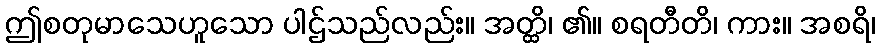
ဤစတုမာသေဟူသော ပါဌ်သည်လည်း။ အတ္ထိ၊ ၏။ စရတီတိ၊ ကား။ အစရိ၊